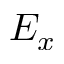
E _ { x }